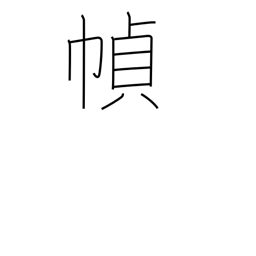
Meaning: making books or scrolls